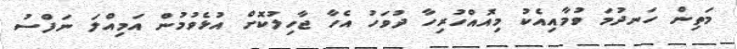
މަތިން ހަނދުމަ ވުމާއިއެކު މިއޮއްހުރިހާ ދުވަހު އެހާ ޖާހިލުކޮށް އުޅެވުމުން އަމިއްލަ ނަފްސު